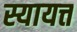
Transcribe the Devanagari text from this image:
स्यायत्त